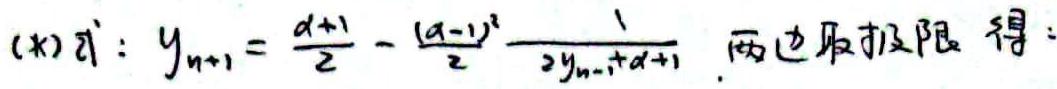
(*)\  式$:y_{n + 1}=\frac{\alpha+1}{2}-\frac{(\alpha - 1)^2}{2}\frac{1}{2y_{n - 1}+\alpha+1}\ . $两边取极限得: